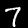
Label: 7